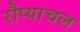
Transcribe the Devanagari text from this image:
रौप्याचल